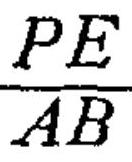
\(\frac{PE}{AB}\)